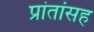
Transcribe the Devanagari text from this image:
प्रांतांसह